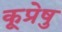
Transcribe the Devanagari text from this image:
कूप्रेषु